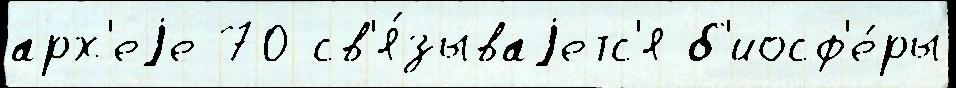
арх'еjе 70 св'я́зываjетс'я б'иосф'е́ры